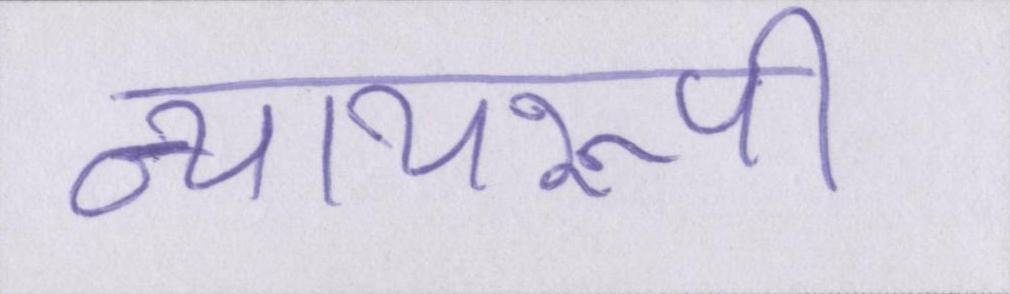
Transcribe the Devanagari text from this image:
न्यायरूपी